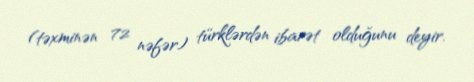
(təxminən 72 nəfər) türklərdən ibarət olduğunu deyir.